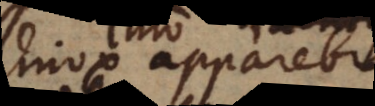
mox apparebit.